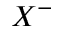
X ^ { - }